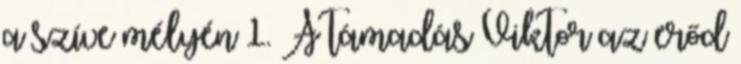
a szíve mélyén 1. A támadás Viktor az erőd